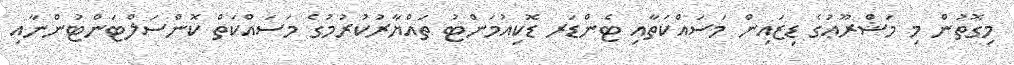
މިގޮތުން މި މަޝްރޫޢުގެ ޑިޒައިން މަސައްކަތާއި ޓެންޑަރ ޑޮކިއުމަންޓު ތައްޔާރުކުރުމުގެ މަސައްކަތް ކޮންސަލްޓަންޓުންނާއި